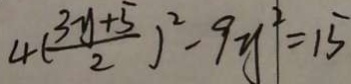
4 ( \frac { 3 y + 5 } { 2 } ) ^ { 2 } - 9 y ^ { 2 } = 1 5